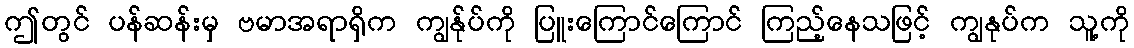
ဤတွင် ပန်ဆန်းမှ ဗမာအရာရှိက ကျွန်ုပ်ကို ပြူးကြောင်ကြောင် ကြည့်နေသဖြင့် ကျွနုပ်က သူ့ကို